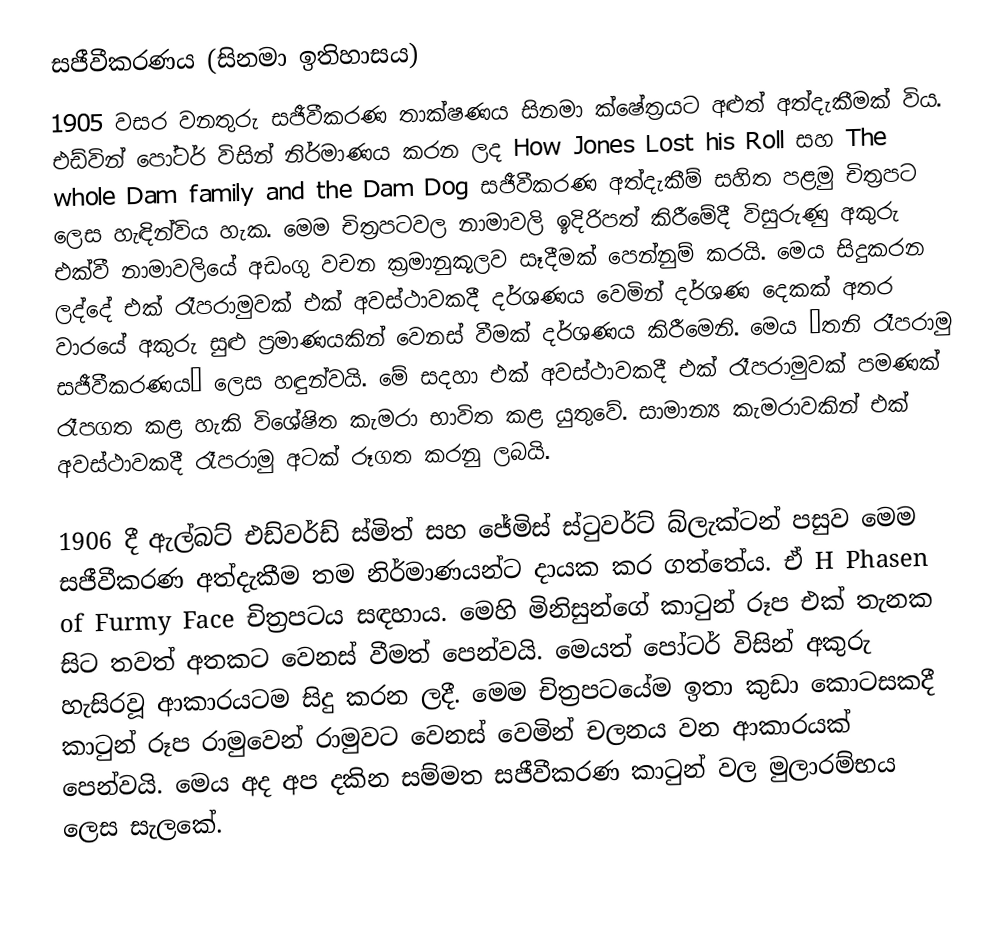
සජීවීකරණය (සිනමා ඉතිහාසය)
1905 වසර වනතුරු සජීවීකරණ තාක්ෂණය සිනමා ක්ෂේත්‍රයට අළුත් අත්දැකීමක් විය. එඩ්වින් පෝටර්  විසින් නිර්මාණය කරන ලද How Jones Lost his Roll සහ The whole Dam family and the Dam Dog සජීවීකරණ අත්දැකීම් සහිත පළමු  චිත්‍රපට ලෙස හැඳින්විය හැක. මෙම චිත්‍රපටවල නාමාවලි ඉදිරිපත් කිරීමේදී විසුරුණු අකුරු එක්වී නාමාවලියේ අඩංගු වචන ක්‍රමානුකූලව සෑදීමක් පෙන්නුම් කරයි. මෙය සිදුකරන ලද්දේ එක් රෑපරාමුවක් එක් අවස්ථාවකදී දර්ශණය වෙමින් දර්ශණ දෙකක් අතර වාරයේ අකුරු සුළු ප්‍රමාණයකින් වෙනස් වීමක් දර්ශණය කිරීමෙනි. මෙය ‘තනි රෑපරාමු සජීවීකරණය’ ලෙස හඳුන්වයි. මේ සදහා එක් අවස්ථාවකදී එක් රෑපරාමුවක් පමණක් රෑපගත කළ හැකි විශේෂිත කැමරා භාවිත කළ යුතුවේ. සාමාන්‍ය කැමරාවකින් එක් අවස්ථාවකදී රෑපරාමු අටක් රූගත කරනු ලබයි.

1906 දී ඇල්බට් එඩ්වර්ඩ් ස්මිත් සහ ජේමිස් ස්ටුවර්ට් බ්ලැක්ටන් පසුව මෙම සජීවීකරණ අත්දැකීම තම නිර්මාණයන්ට දායක කර ගත්තේය. ඒ H  Phasen of Furmy Face චිත්‍රපටය සඳහාය. මෙහි මිනිසුන්ගේ කාටුන් රූප එක් තැනක සිට තවත් අතකට වෙනස් වීමත් පෙන්වයි. මෙයත් පෝටර් විසින් අකුරු හැසිරවූ ආකාරයටම සිදු කරන ලදී. මෙම චිත්‍රපටයේම ඉතා කුඩා කොටසකදී කාටුන් රූප රාමුවෙන් රාමුවට වෙනස් වෙමින් චලනය වන ආකාරයක් පෙන්වයි. මෙය අද අප දකින සම්මත සජීවීකරණ ක‍ාටුන් වල මුලාරම්භය ලෙස සැලකේ.